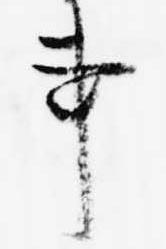
事